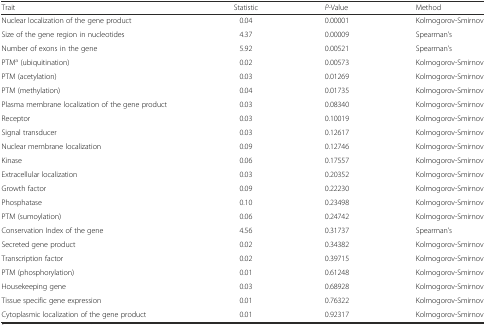
<table><thead><tr><td><b>Trait</b></td><td><b>Statistic</b></td><td><b><i>P</i>-Value</b></td><td><b>Method</b></td></tr></thead><tbody><tr><td>Nuclear localization of the gene product</td><td>0.04</td><td>0.00001</td><td>Kolmogorov-Smirnov</td></tr><tr><td>Size of the gene region in nucleotides</td><td>4.37</td><td>0.00009</td><td>Spearman’s</td></tr><tr><td>Number of exons in the gene</td><td>5.92</td><td>0.00521</td><td>Spearman’s</td></tr><tr><td>PTM<sup>a</sup> (ubiquitination)</td><td>0.02</td><td>0.00573</td><td>Kolmogorov-Smirnov</td></tr><tr><td>PTM (acetylation)</td><td>0.03</td><td>0.01269</td><td>Kolmogorov-Smirnov</td></tr><tr><td>PTM (methylation)</td><td>0.04</td><td>0.01735</td><td>Kolmogorov-Smirnov</td></tr><tr><td>Plasma membrane localization of the gene product</td><td>0.03</td><td>0.08340</td><td>Kolmogorov-Smirnov</td></tr><tr><td>Receptor</td><td>0.03</td><td>0.10019</td><td>Kolmogorov-Smirnov</td></tr><tr><td>Signal transducer</td><td>0.03</td><td>0.12617</td><td>Kolmogorov-Smirnov</td></tr><tr><td>Nuclear membrane localization</td><td>0.09</td><td>0.12746</td><td>Kolmogorov-Smirnov</td></tr><tr><td>Kinase</td><td>0.06</td><td>0.17557</td><td>Kolmogorov-Smirnov</td></tr><tr><td>Extracellular localization</td><td>0.03</td><td>0.20352</td><td>Kolmogorov-Smirnov</td></tr><tr><td>Growth factor</td><td>0.09</td><td>0.22230</td><td>Kolmogorov-Smirnov</td></tr><tr><td>Phosphatase</td><td>0.10</td><td>0.23498</td><td>Kolmogorov-Smirnov</td></tr><tr><td>PTM (sumoylation)</td><td>0.06</td><td>0.24742</td><td>Kolmogorov-Smirnov</td></tr><tr><td>Conservation Index of the gene</td><td>4.56</td><td>0.31737</td><td>Spearman’s</td></tr><tr><td>Secreted gene product</td><td>0.02</td><td>0.34382</td><td>Kolmogorov-Smirnov</td></tr><tr><td>Transcription factor</td><td>0.02</td><td>0.39715</td><td>Kolmogorov-Smirnov</td></tr><tr><td>PTM (phosphorylation)</td><td>0.01</td><td>0.61248</td><td>Kolmogorov-Smirnov</td></tr><tr><td>Housekeeping gene</td><td>0.03</td><td>0.68928</td><td>Kolmogorov-Smirnov</td></tr><tr><td>Tissue specific gene expression</td><td>0.01</td><td>0.76322</td><td>Kolmogorov-Smirnov</td></tr><tr><td>Cytoplasmic localization of the gene product</td><td>0.01</td><td>0.92317</td><td>Kolmogorov-Smirnov</td></tr></tbody></table>